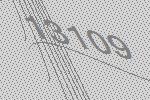
13109